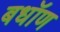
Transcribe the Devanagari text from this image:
बधॉण